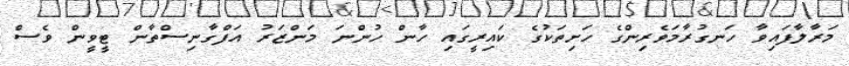
މަރާލާފައިވާ ހަނގުރާމަވެރިންގެ ހަށިތަކުގެ ކައިރީގައި ހާން ހުންނަ މަންޒަރު އަފްގާނިސްތާން ޓީވީން ވެސް